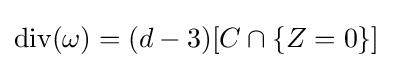
{\text{div}}(\omega )=(d-3)[C\cap \{Z=0\}]